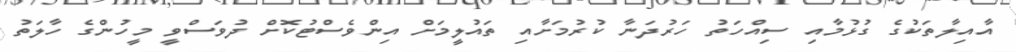
އާއިލާތަކުގެ ގުޅުމާއި ސިއްހަތު ހަރުދަނާ ކުރުމަށާއި ތައުލީމަށް އިންވެސްޓުކޮށް ދުވަސްވީ މީހުންގެ ހާލަތު